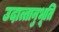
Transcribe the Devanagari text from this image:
उदात्तानुभूति